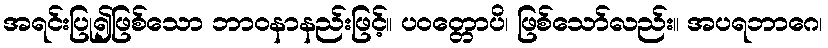
အရင်းပြု၍ဖြစ်သော ဘာဝနာနည်းဖြင့်။ ပဝတ္တောပိ၊ ဖြစ်သော်လည်း။ အပရဘာဂေ၊